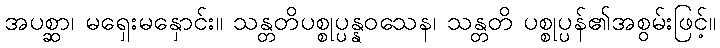
အပစ္ဆာ၊ မရှေးမနှောင်း။ သန္တတိပစ္စုပ္ပန္နဝသေန၊ သန္တတိ ပစ္စုပ္ပန်၏အစွမ်းဖြင့်။